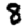
Digit: 8